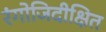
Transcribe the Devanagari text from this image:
रंगोजिदीक्षित